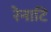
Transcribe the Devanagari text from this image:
रेनाटि